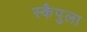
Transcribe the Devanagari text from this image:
स्कैपुला